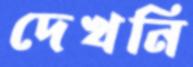
দেখনি